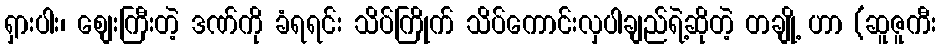
ရှားပါး၊ စျေးကြီးတဲ့ ဒဏ်ကို ခံရရင်း သိပ်ကြိုက် သိပ်ကောင်းလှပါချည်ရဲ့ဆိုတဲ့ တချို့ ဟာ (ဆူဇူကီး